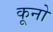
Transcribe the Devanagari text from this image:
कूनो